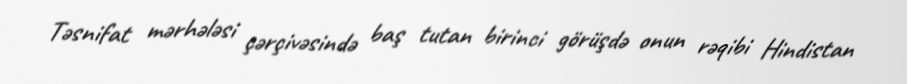
Təsnifat mərhələsi çərçivəsində baş tutan birinci görüşdə onun rəqibi Hindistan